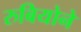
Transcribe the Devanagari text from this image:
रुबियोने